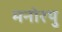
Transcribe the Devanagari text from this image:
मनोरथु